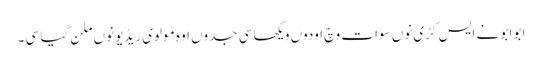
ابو ابو نے ایس کڑی نوں سوات وچ اودوں ویکھا سی جدوں اوہ مولوی ریڈیو نوں ملن گیا سی ۔